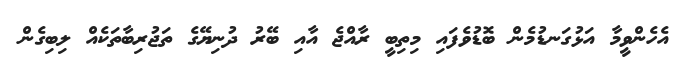
އެހެންވީމާ އަޅުގަނޑުމެން ބޮޑުވެފައި މިތިބީ ރާއްޖެ އާއި ބޭރު ދުނިޔޭގެ ތަޖުރިބާތަކެއް ލިބިގެން